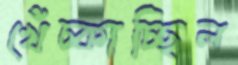
খেঁচ্‌কাচ্ছিল